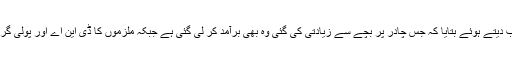
ڈی پی او نے سوالوں کے جواب دیتے ہوئے بتایا کہ جس چادر پر بچے سے زیادتی کی گئی وہ بھی برآمد کر لی گئی ہے جبکہ ملزموں کا ڈی این اے اور پولی گراف ٹیسٹ بھی کروایا جائے گا۔